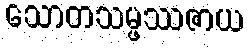
သောတသမ္ဖဿဇာယ